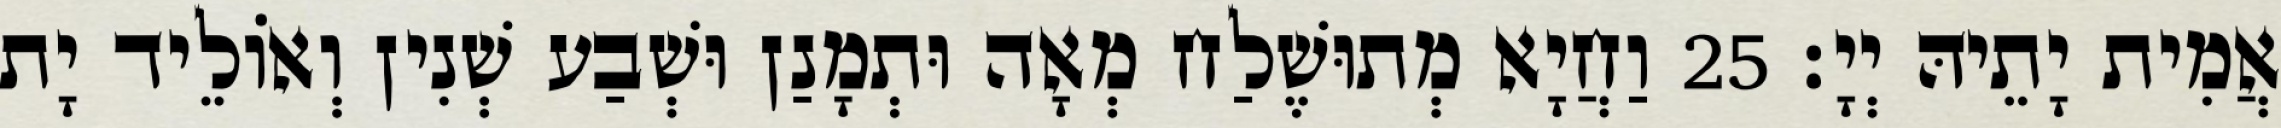
אֲמִית יָתֵיהּ יְיָ׃ 25 וַחֲיָא מְתוּשֶׁלַח מְאָה וּתְמָנַן וּשְׁבַע שְׁנִין וְאוֹלֵיד יָת